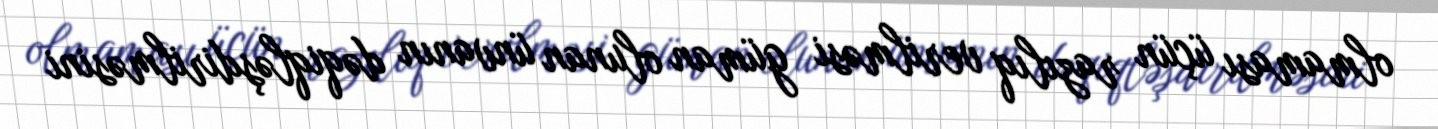
olmaması üçün razılıq verilməsi güman olunan ünvanın dəqiqləşdirilməsini